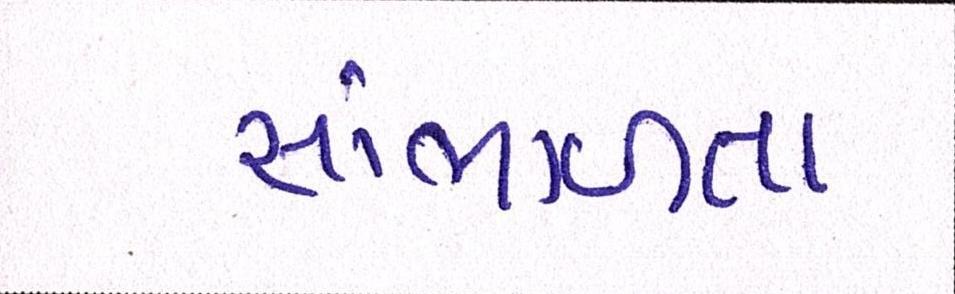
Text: સંભાળતા